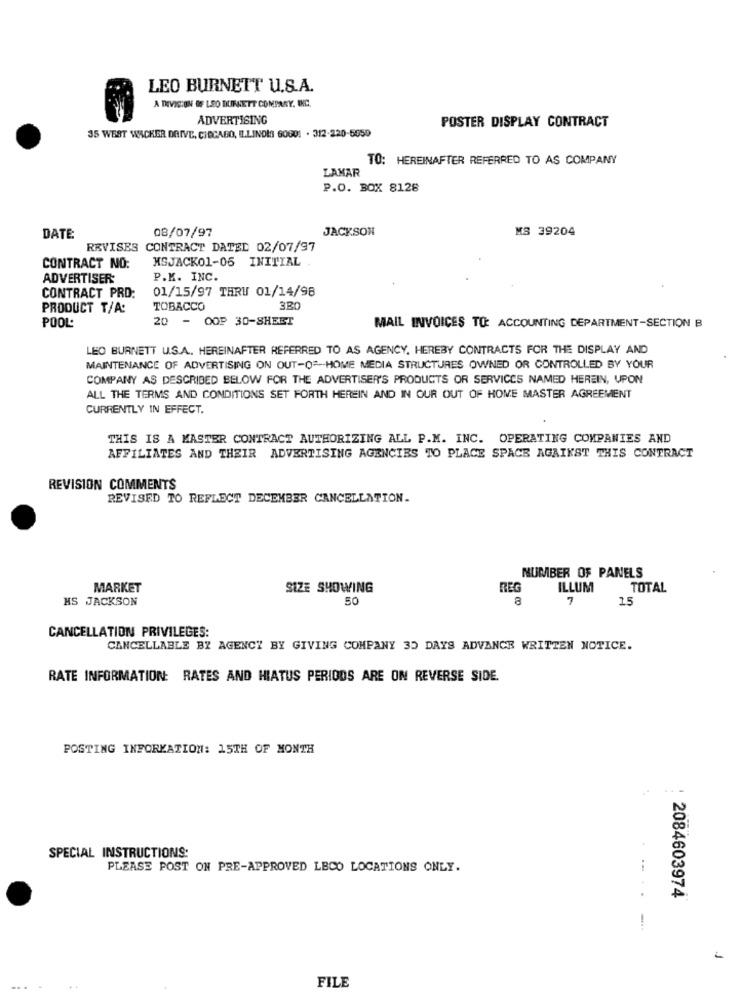
LEO BURNETT U.S.A.
A DIVISION IF LSO BURKETT COMPARY, INC.
ADVERTISING
POSTER DISPLAY CONTRACT
35 WEST WACKER DRIVE, CIOCABO, ILLINOIS 60001 . 312-220-5059
TO: HEREINAFTER REFERRED TO AS COMPANY
LAMAR
P.O. BOX 8128
08/07/97
JACKSON
MS 39204
DATE:
REVISES CONTRACT DATED 02/07/97
MSJACK01-05 INITIAL .
CONTRACT NO:
ADVERTISER:
P.K. INC.
01/15/97 THRU 01/14/98
CONTRACT PRD:
PRODUCT T/A:
TOBACCO
3B
20 - OOP 30-SHEET
POOL:
MAIL INVOICES TO: ACCOUNTING DEPARTMENT-SECTION B
LEO BURNETT U.S.A .. HEREINAFTER REFERRED TO AS AGENCY, HEREBY CONTRACTS FOR THE DISPLAY AND
MAINTENANCE OF ADVERTISING ON OUT-OF-HOME MEDIA STRUCTURES OWNED OR CONTROLLED BY YOUR
COMPANY AS DESCRIBED BELOW FOR THE ADVERTISER'S PRODUCTS OR SERVICES NAMED HEREIN, UPON
ALL THE TERMS AND CONDITIONS SET FORTH HEREIN AND IN OUR OUT OF HOME MASTER AGREEMENT
CURRENTLY IN EFFECT.
THIS IS A MASTER CONTRACT AUTHORIZING ALL P.M. INC. OPERATING COMPANIES AND
AFFILIATES AND THEIR ADVERTISING AGENCIES TO PLACE SPACE AGAINST THIS CONTRACT
REVISION COMMENTS
REVISED TO REFLECT DECEMBER CANCELLATION.
NUMBER OF PANELS
MARKET
SIZE SHOWING
REG
ILLUM
TOTAL
HS JACKSON
50
7
15
CANCELLATION PRIVILEGES:
CANCELLABLE BY AGENCY BY GIVING COMPANY 35 DAYS ADVANCE WRITTEN NOTICE.
RATE INFORMATION: RATES AND HIATUS PERIODS ARE ON REVERSE SIDE.
POSTING INFORMATION: 15TH OF MONTH
---
SPECIAL INSTRUCTIONS:
PLEASE POST ON PRE-APPROVED LECO LOCATIONS ONLY.
2084603974
FILE